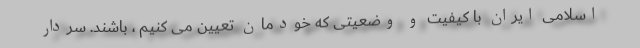
اسلامی ایران با کیفیت و وضعیتی که خودمان تعیین می کنیم ، باشند. سردار